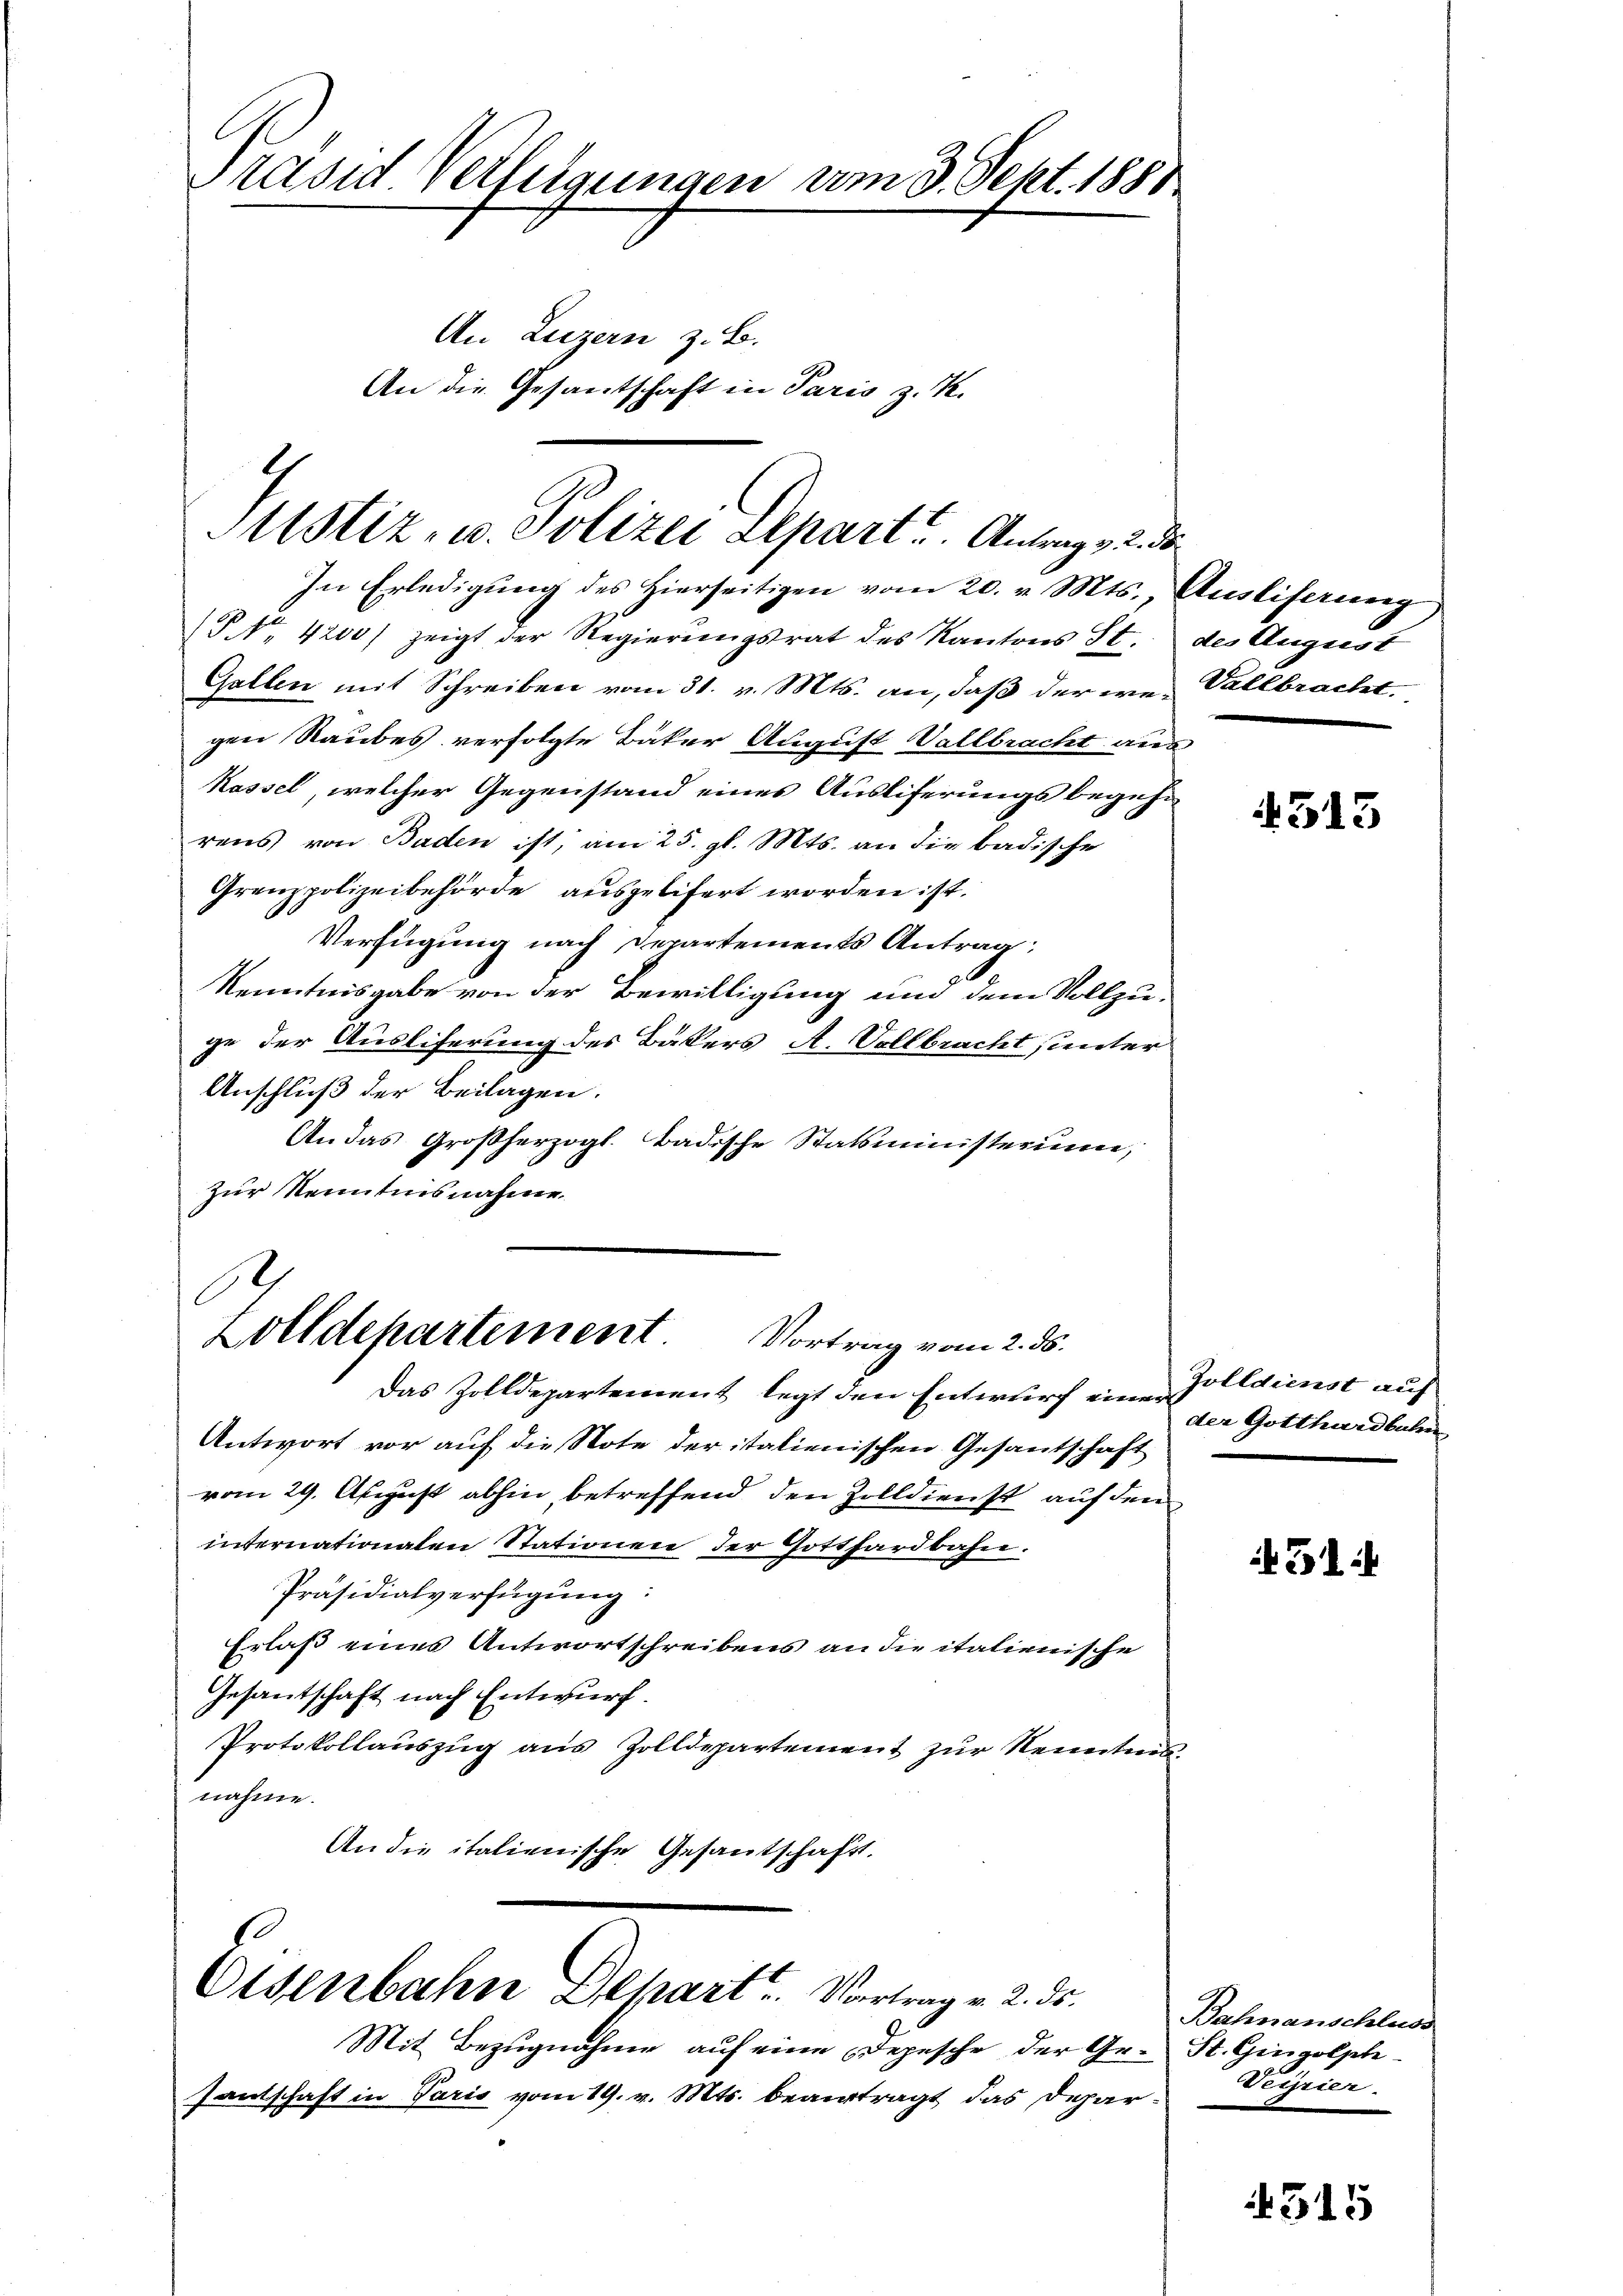
Präsid. Verfügungen vom 3. Sept. 1888
An Luzern z. B.
An die Gesantschaft in Paris z. K.

E
Sistiz- u. Polizei Depart. Antrage 2. d
In Erledigung des Hierseitigen vom 20. v. Mts. Ausliferung

P. Nr. 4200) zeigt der Regierŭngsrat des Kantons St.
Gallen mit Schreiben vom 31. v. Mts. an, daß der we-Vallbracht.
gen Raubes verfolgte Bäker August Vollbracht aus
Kassel, welcher Gegenstand eines Ausliferungsbegehn
rens von Baden ist, am 25. gl. Mts. an die badische
Grenzpolizeibehörde ausgelifert worden ist.
Verfügung nach Departements Antrag:
d
Kenntnisgabe von der Bewilligung und dem Vollzuge der Ausliferung des Bäkers A. Vollbracht sunter
Anschluß der Beilagen.
An das Großherzogl. Badische Statsministerium,
zur Kenntnisnahme.

C
Zolldepartement Vortrag vom 2. ds.
Das Zolldepartement legt den Entwurf einer

Osenbahn Depart. Vortrag v. 2. ds.

Mit Bezugnahme auf eine Depesche der Ge- St. Gingolphe
Jantschaft in Paris vom 19. v. Mts. beauftragt das Depar

Antwort vor auf die Note der italienischen Gesantschaft
vom 29. August abhin betreffend den Zolldienst auf den
internationalen Stationen der Gotthardbahn.
Präsidialverfügung:
Erlaß eines Antwortschreibens an die italienische
Gesantschaft nach Entwurf.
Protokollauszug aus Zolldepartement zur Kenntnis
nahme.
An die italienische Gesantschafft.

des August
e

4513

Zolldienst auf
der Gotthardbahn

314

Bahnanschluss
Veisrier.

4515